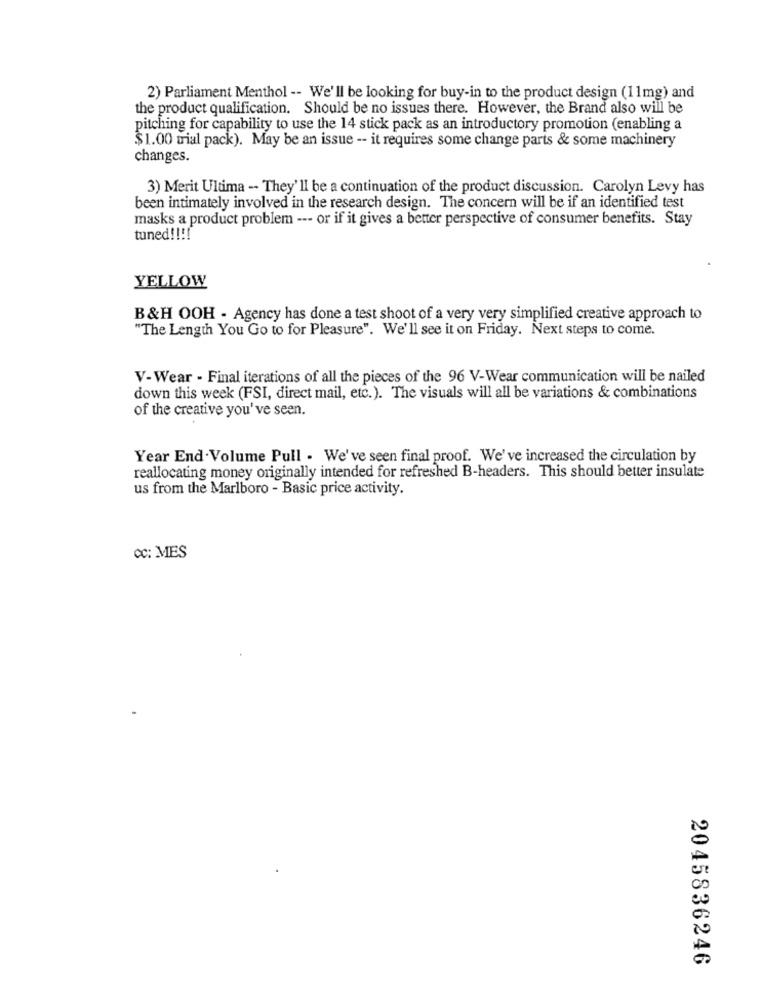
2) Parliament Menthol -- We'll be looking for buy-in to the product design (11mg) and
the product qualification. Should be no issues there. However, the Brand also will be
pitching for capability to use the 14 stick pack as an introductory promotion (enabling a
$1.00 mial pack). May be an issue -- it requires some change parts & some machinery
changes.
3) Merit Ultima -- They' II be a continuation of the product discussion. Carolyn Levy has
been intimately involved in the research design. The concern will be if an identified test
masks a product problem --- or if it gives a better perspective of consumer benefits. Stay
tuned !!!!
YELLOW
B&H OOH - Agency has done a test shoot of a very very simplified creative approach to
"The Length You Go to for Pleasure". We'll see it on Friday. Next steps to come.
V-Wear - Final iterations of all the pieces of the 96 V-Wear communication will be nailed
down this week (FSI, direct mail, etc.). The visuals will all be variations & combinations
of the creative you've seen.
Year End.Volume Pull . We've seen final proof. We've increased the circulation by
reallocating money originally intended for refreshed B-headers. This should better insulate
us from the Marlboro - Basic price activity.
CC: MES
2045836246